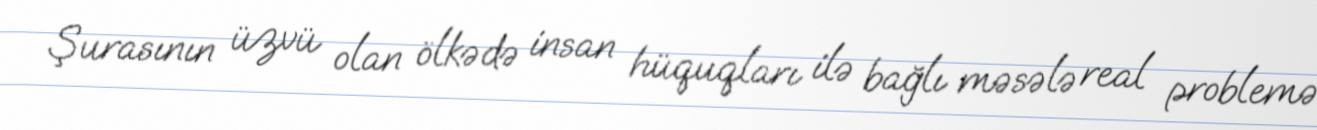
Şurasının üzvü olan ölkədə insan hüquqları ilə bağlı məsələ real problemə